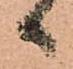
日